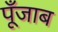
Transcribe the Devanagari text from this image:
पूँजाब